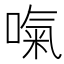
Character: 𠺪